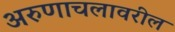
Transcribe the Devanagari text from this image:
अरुणाचलावरील